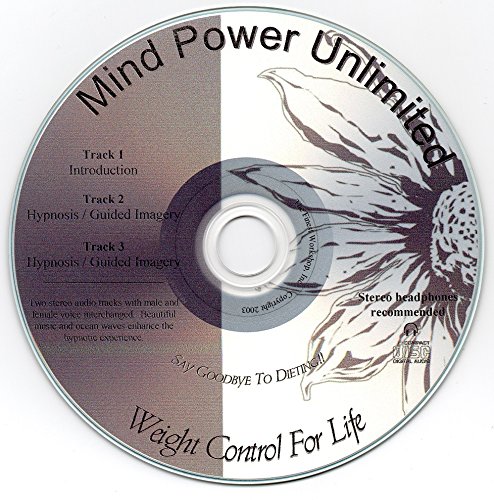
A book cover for Lose Weight Hypnosis / Guided Imagery CD - Lose Weight Naturally!!; Mind Design Unlimited; Health, Fitness & Dieting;